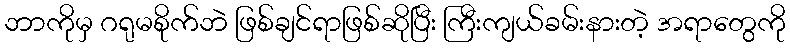
ဘာကိုမှ ဂရုမစိုက်ဘဲ ဖြစ်ချင်ရာဖြစ်ဆိုပြီး ကြီးကျယ်ခမ်းနားတဲ့ အရာတွေကို